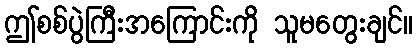
ဤစစ်ပွဲကြီးအကြောင်းကို သူမတွေးချင်။